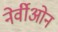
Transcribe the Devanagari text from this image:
नेर्वीओन